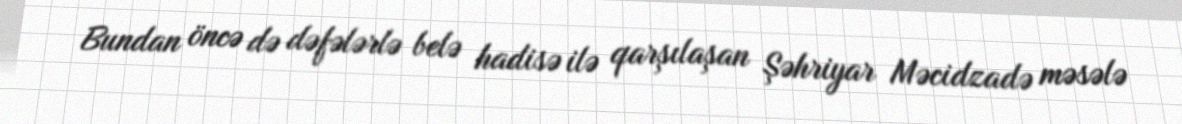
Bundan öncə də dəfələrlə belə hadisə ilə qarşılaşan Şəhriyar Məcidzadə məsələ